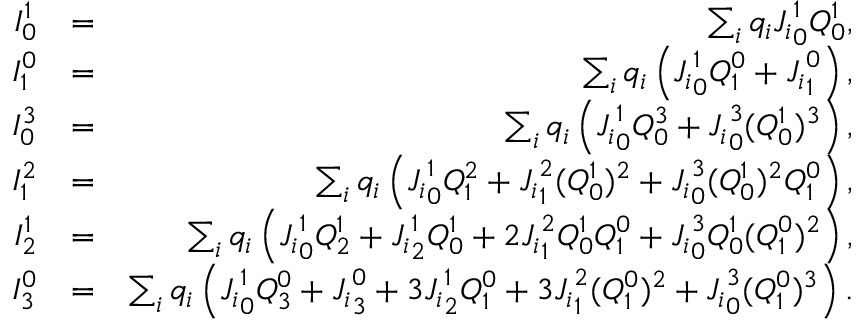
\begin{array} { r l r } { I _ { 0 } ^ { 1 } } & { = } & { \sum _ { i } q _ { i } { J _ { i } } _ { 0 } ^ { 1 } Q _ { 0 } ^ { 1 } , } \\ { I _ { 1 } ^ { 0 } } & { = } & { \sum _ { i } q _ { i } \left( { J _ { i } } _ { 0 } ^ { 1 } Q _ { 1 } ^ { 0 } + { J _ { i } } _ { 1 } ^ { 0 } \right) , } \\ { I _ { 0 } ^ { 3 } } & { = } & { \sum _ { i } q _ { i } \left( { J _ { i } } _ { 0 } ^ { 1 } Q _ { 0 } ^ { 3 } + { J _ { i } } _ { 0 } ^ { 3 } ( Q _ { 0 } ^ { 1 } ) ^ { 3 } \right) , } \\ { I _ { 1 } ^ { 2 } } & { = } & { \sum _ { i } q _ { i } \left( { J _ { i } } _ { 0 } ^ { 1 } Q _ { 1 } ^ { 2 } + { J _ { i } } _ { 1 } ^ { 2 } ( Q _ { 0 } ^ { 1 } ) ^ { 2 } + { J _ { i } } _ { 0 } ^ { 3 } ( Q _ { 0 } ^ { 1 } ) ^ { 2 } Q _ { 1 } ^ { 0 } \right) , } \\ { I _ { 2 } ^ { 1 } } & { = } & { \sum _ { i } q _ { i } \left( { J _ { i } } _ { 0 } ^ { 1 } Q _ { 2 } ^ { 1 } + { J _ { i } } _ { 2 } ^ { 1 } Q _ { 0 } ^ { 1 } + 2 { J _ { i } } _ { 1 } ^ { 2 } Q _ { 0 } ^ { 1 } Q _ { 1 } ^ { 0 } + { J _ { i } } _ { 0 } ^ { 3 } Q _ { 0 } ^ { 1 } ( Q _ { 1 } ^ { 0 } ) ^ { 2 } \right) , } \\ { I _ { 3 } ^ { 0 } } & { = } & { \sum _ { i } q _ { i } \left( { J _ { i } } _ { 0 } ^ { 1 } Q _ { 3 } ^ { 0 } + { J _ { i } } _ { 3 } ^ { 0 } + 3 { J _ { i } } _ { 2 } ^ { 1 } Q _ { 1 } ^ { 0 } + 3 { J _ { i } } _ { 1 } ^ { 2 } ( Q _ { 1 } ^ { 0 } ) ^ { 2 } + { J _ { i } } _ { 0 } ^ { 3 } ( Q _ { 1 } ^ { 0 } ) ^ { 3 } \right) . } \end{array}